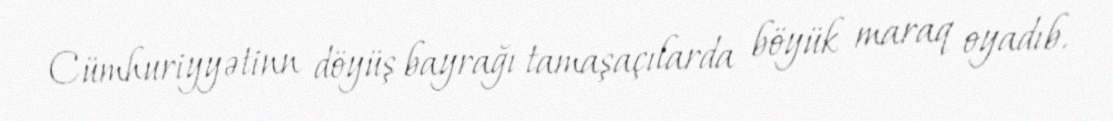
Cümhuriyyətinn döyüş bayrağı tamaşaçılarda böyük maraq oyadıb.